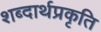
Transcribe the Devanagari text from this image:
शब्दार्थप्रकृति